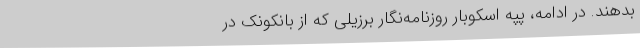
بدهند. در ادامه، پپه اسکوبار روزنامه‌نگار برزیلی که از بانکونک در